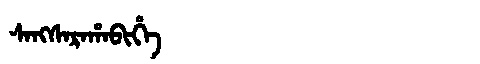
Manchu: ᠰᠠᠩᠰᠠᡵᠠᡥᠠᠪᡳᡥᡝ
Romanization: SANGSARAHABIHE